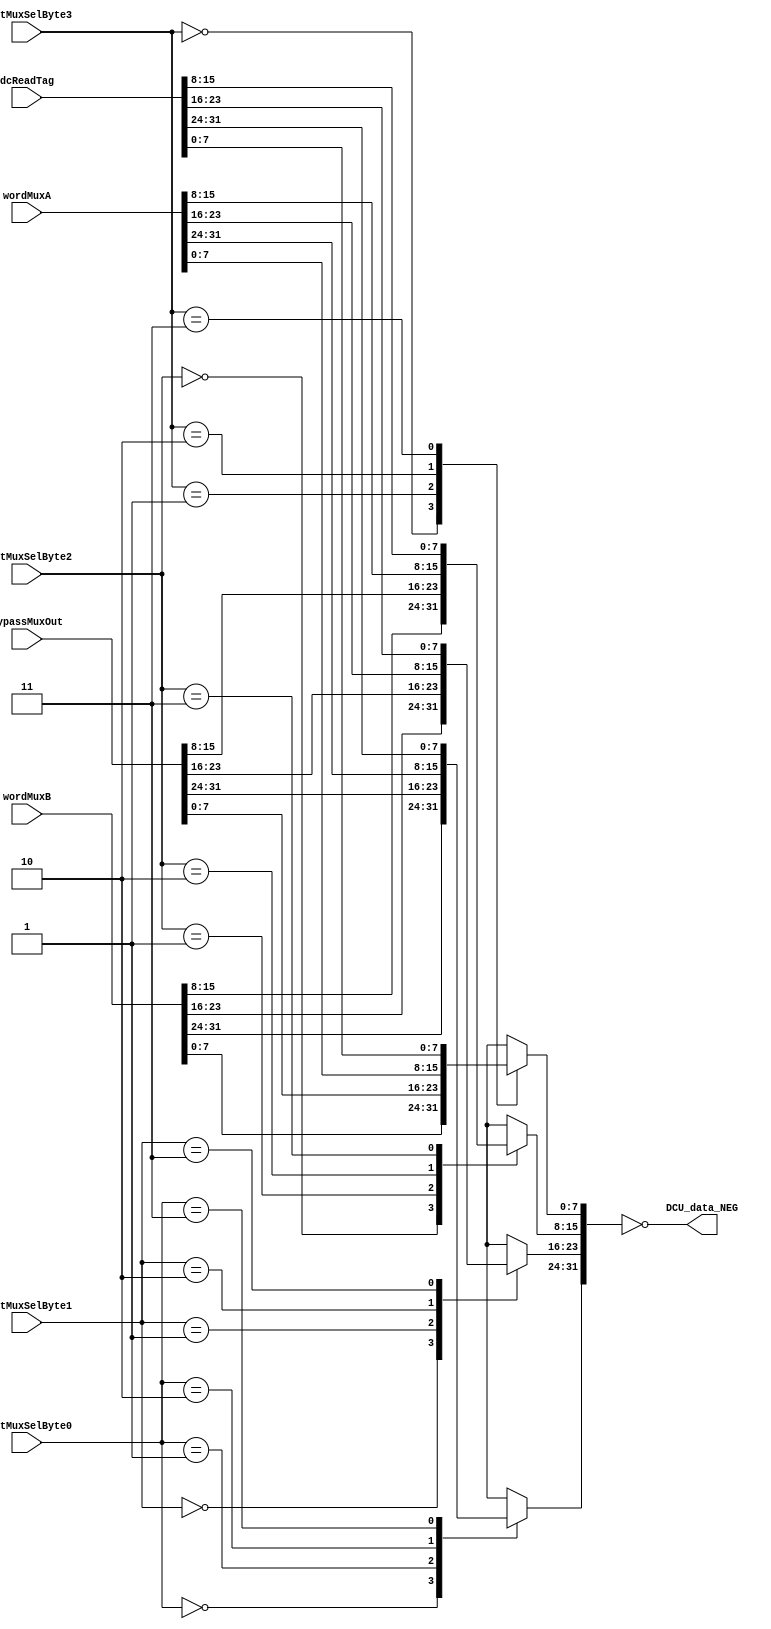
module p405s_DCU_bypassMux( DCU_data_NEG,
                            bypassMuxOut,
                            dOutMuxSelByte0,
                            dOutMuxSelByte1,
                            dOutMuxSelByte2,
                            dOutMuxSelByte3,
                            dcReadTag,
                            wordMuxA,
                            wordMuxB
                          );

output [0:31]  DCU_data_NEG;

input [0:1]  dOutMuxSelByte2;
input [0:31]  wordMuxB;
input [0:1]  dOutMuxSelByte1;
input [0:31]  wordMuxA;
input [0:1]  dOutMuxSelByte0;
input [0:1]  dOutMuxSelByte3;
input [0:31]  bypassMuxOut;
input [0:31]  dcReadTag;

// Buses in the design

reg  [0:31]  DCU_data;

// Removed the module 'dp_logDCU_dataOutInv'
assign DCU_data_NEG[0:31] = ~(DCU_data[0:31]);

// Removed the module 'dp_muxDCU_dataOutByte0'
always @(wordMuxB or bypassMuxOut or wordMuxA or dcReadTag or dOutMuxSelByte0)
    begin                                           
    case({dOutMuxSelByte0[0],dOutMuxSelByte0[1]})       
     2'b00: DCU_data[0:7] = wordMuxB[0:7];
     2'b01: DCU_data[0:7] = bypassMuxOut[0:7];    
     2'b10: DCU_data[0:7] = wordMuxA[0:7];    
     2'b11: DCU_data[0:7] = dcReadTag[0:7];    
      default: DCU_data[0:7] = 8'bx;        
    endcase                                    
   end 

// Removed the module 'dp_muxDCU_dataOutByte1'
always @(wordMuxB or bypassMuxOut or wordMuxA or dcReadTag or dOutMuxSelByte1)
    begin                                           
    case({dOutMuxSelByte1[0], dOutMuxSelByte1[1]})
     2'b00: DCU_data[8:15] = wordMuxB[8:15];    
     2'b01: DCU_data[8:15] = bypassMuxOut[8:15];    
     2'b10: DCU_data[8:15] = wordMuxA[8:15];    
     2'b11: DCU_data[8:15] = dcReadTag[8:15];    
      default: DCU_data[8:15] = 8'bx;        
    endcase                                    
   end 

// Removed the module 'dp_muxDCU_dataOutByte2'
always @(wordMuxB or bypassMuxOut or wordMuxA or dcReadTag or dOutMuxSelByte2)
    begin                                           
    case({dOutMuxSelByte2[0], dOutMuxSelByte2[1]})
     2'b00: DCU_data[16:23] = wordMuxB[16:23];    
     2'b01: DCU_data[16:23] = bypassMuxOut[16:23];    
     2'b10: DCU_data[16:23] = wordMuxA[16:23];    
     2'b11: DCU_data[16:23] = dcReadTag[16:23];    
      default: DCU_data[16:23] = 8'bx;        
    endcase                                    
   end

// Removed the module 'dp_muxDCU_dataOutByte3'
always @(wordMuxB or bypassMuxOut or wordMuxA or dcReadTag or dOutMuxSelByte3)
    begin                                           
    case({dOutMuxSelByte3[0], dOutMuxSelByte3[1]})
     2'b00: DCU_data[24:31] = wordMuxB[24:31];
     2'b01: DCU_data[24:31] = bypassMuxOut[24:31];    
     2'b10: DCU_data[24:31] = wordMuxA[24:31];    
     2'b11: DCU_data[24:31] = dcReadTag[24:31];    
      default: DCU_data[24:31] = 8'bx;        
    endcase                                    
   end 

endmodule